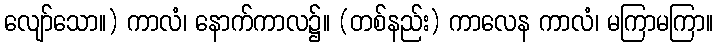
လျော်သော။) ကာလံ၊ နောက်ကာလ၌။ (တစ်နည်း) ကာလေန ကာလံ၊ မကြာမကြာ။